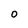
Character: O